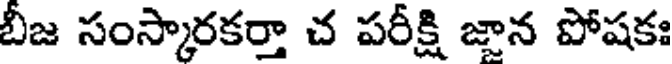
బీజ సంస్కారకర్తా చ పరీక్షి జాన పోషకః